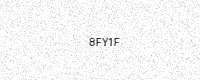
Text: 8FY1F